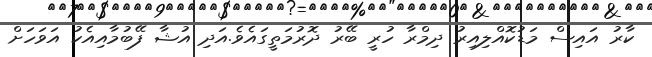
ކާރު އައިސް މަޑުކޮއްލިއިރު ދިމްރާ ހުރީ ބޭރު ދޮރުމަތީގައެވެ.އަދި އުޝާ ފޭބުމާއިއެކު އަވަހަށް